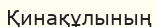
Қинақұлының